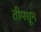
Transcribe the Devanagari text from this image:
तीमधून